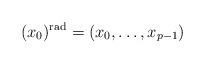
LaTeX: \begin{align*} (x_0)^{\rm rad} = (x_0,\ldots,x_{p-1}) \end{align*}